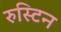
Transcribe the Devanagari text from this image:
रुस्टिन